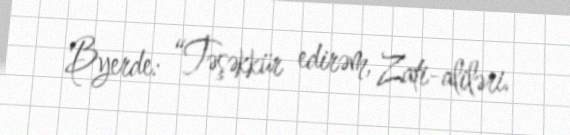
Byerde: “Təşəkkür edirəm, Zati-aliləri.